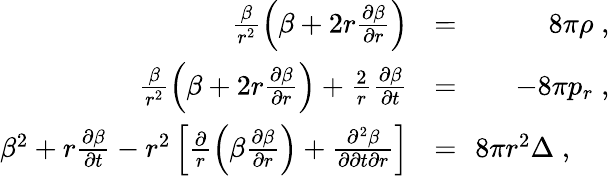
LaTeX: \begin{array}{rlr}{\frac{\beta}{r^{2}}\left(\beta+2r{\frac{\partial\beta}{\partial r}}\right)\! \! }&{{}=}&{\! \! 8\pi\rho\; ,}\\ {\frac{\beta}{r^{2}}\left(\beta+2r\frac{\partial\beta}{\partial r}\right)+\frac{2}{r}\frac{\partial\beta}{\partial t}\! \! }&{{}=}&{\! \! -8\pi p_{r}\; ,}\\ {\beta^{2}+r\frac{\partial\beta}{\partial t}-r^{2}\left[{\frac{\partial}{r}\left(\beta{\frac{\partial\beta}{\partial r}}\right)+\frac{\partial^{2}\beta}{\partial\partial t\partial r}}\right]\! \! }&{{}=}&{\! \! 8\pi r^{2}\Delta\; ,\; \; \; \; \; }\end{array}